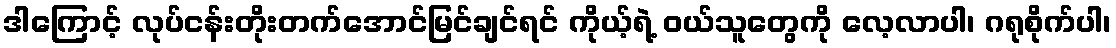
ဒါကြောင့် လုပ်ငန်းတိုးတက်အောင်မြင်ချင်ရင် ကိုယ့်ရဲ့ ဝယ်သူတွေကို လေ့လာပါ၊ ဂရုစိုက်ပါ၊